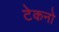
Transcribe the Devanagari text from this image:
टेकनो